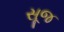
સૂજ